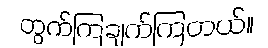
တွက်ကြချက်ကြတယ်။